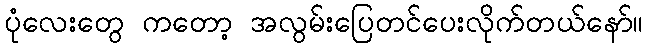
ပုံလေးတွေ ကတော့ အလွမ်းပြေတင်ပေးလိုက်တယ်နော်။